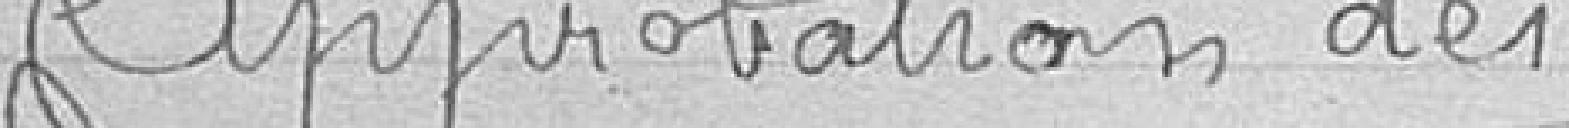
Approbation des